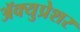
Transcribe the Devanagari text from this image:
ॲक्युप्रेशर